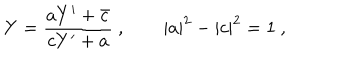
Y = { \frac { a Y ^ { \prime } + \bar { c } } { c Y ^ { \prime } + a } } \ , \qquad | a | ^ { 2 } - | c | ^ { 2 } = 1 \ ,